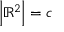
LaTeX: \left\vert \mathbb { R } ^ { 2 } \right\vert = { \mathfrak { c } }